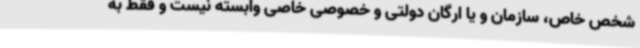
شخص خاص، سازمان و یا ارگان دولتی و خصوصی خاصی وابسته نیست و فقط به